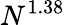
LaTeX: N^{1.38}